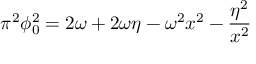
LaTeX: \pi ^ { 2 } \phi _ { 0 } ^ { 2 } = 2 \omega + 2 \omega \eta - \omega ^ { 2 } x ^ { 2 } - { \frac { \eta ^ { 2 } } { x ^ { 2 } } }